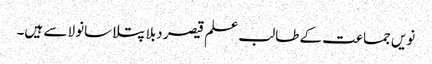
نویں جماعت کے طالب علم قیصر دبلا پتلا سانولا سے ہیں۔